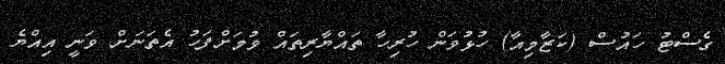
ގެސްޓު ހައުސް (ކަޒާމިއާ) ހުޅުވަން ހުރިހާ ތައްޔާރިތައް ވުމަށްފަހު އެތަނަށް ވަނީ އިއްޔެ